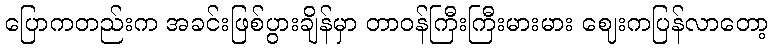
ပြောကတည်းက အခင်းဖြစ်ပွားချိန်မှာ တာဝန်ကြီးကြီးမားမား ဈေးကပြန်လာတော့